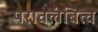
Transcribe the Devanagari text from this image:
परावलंबित्व